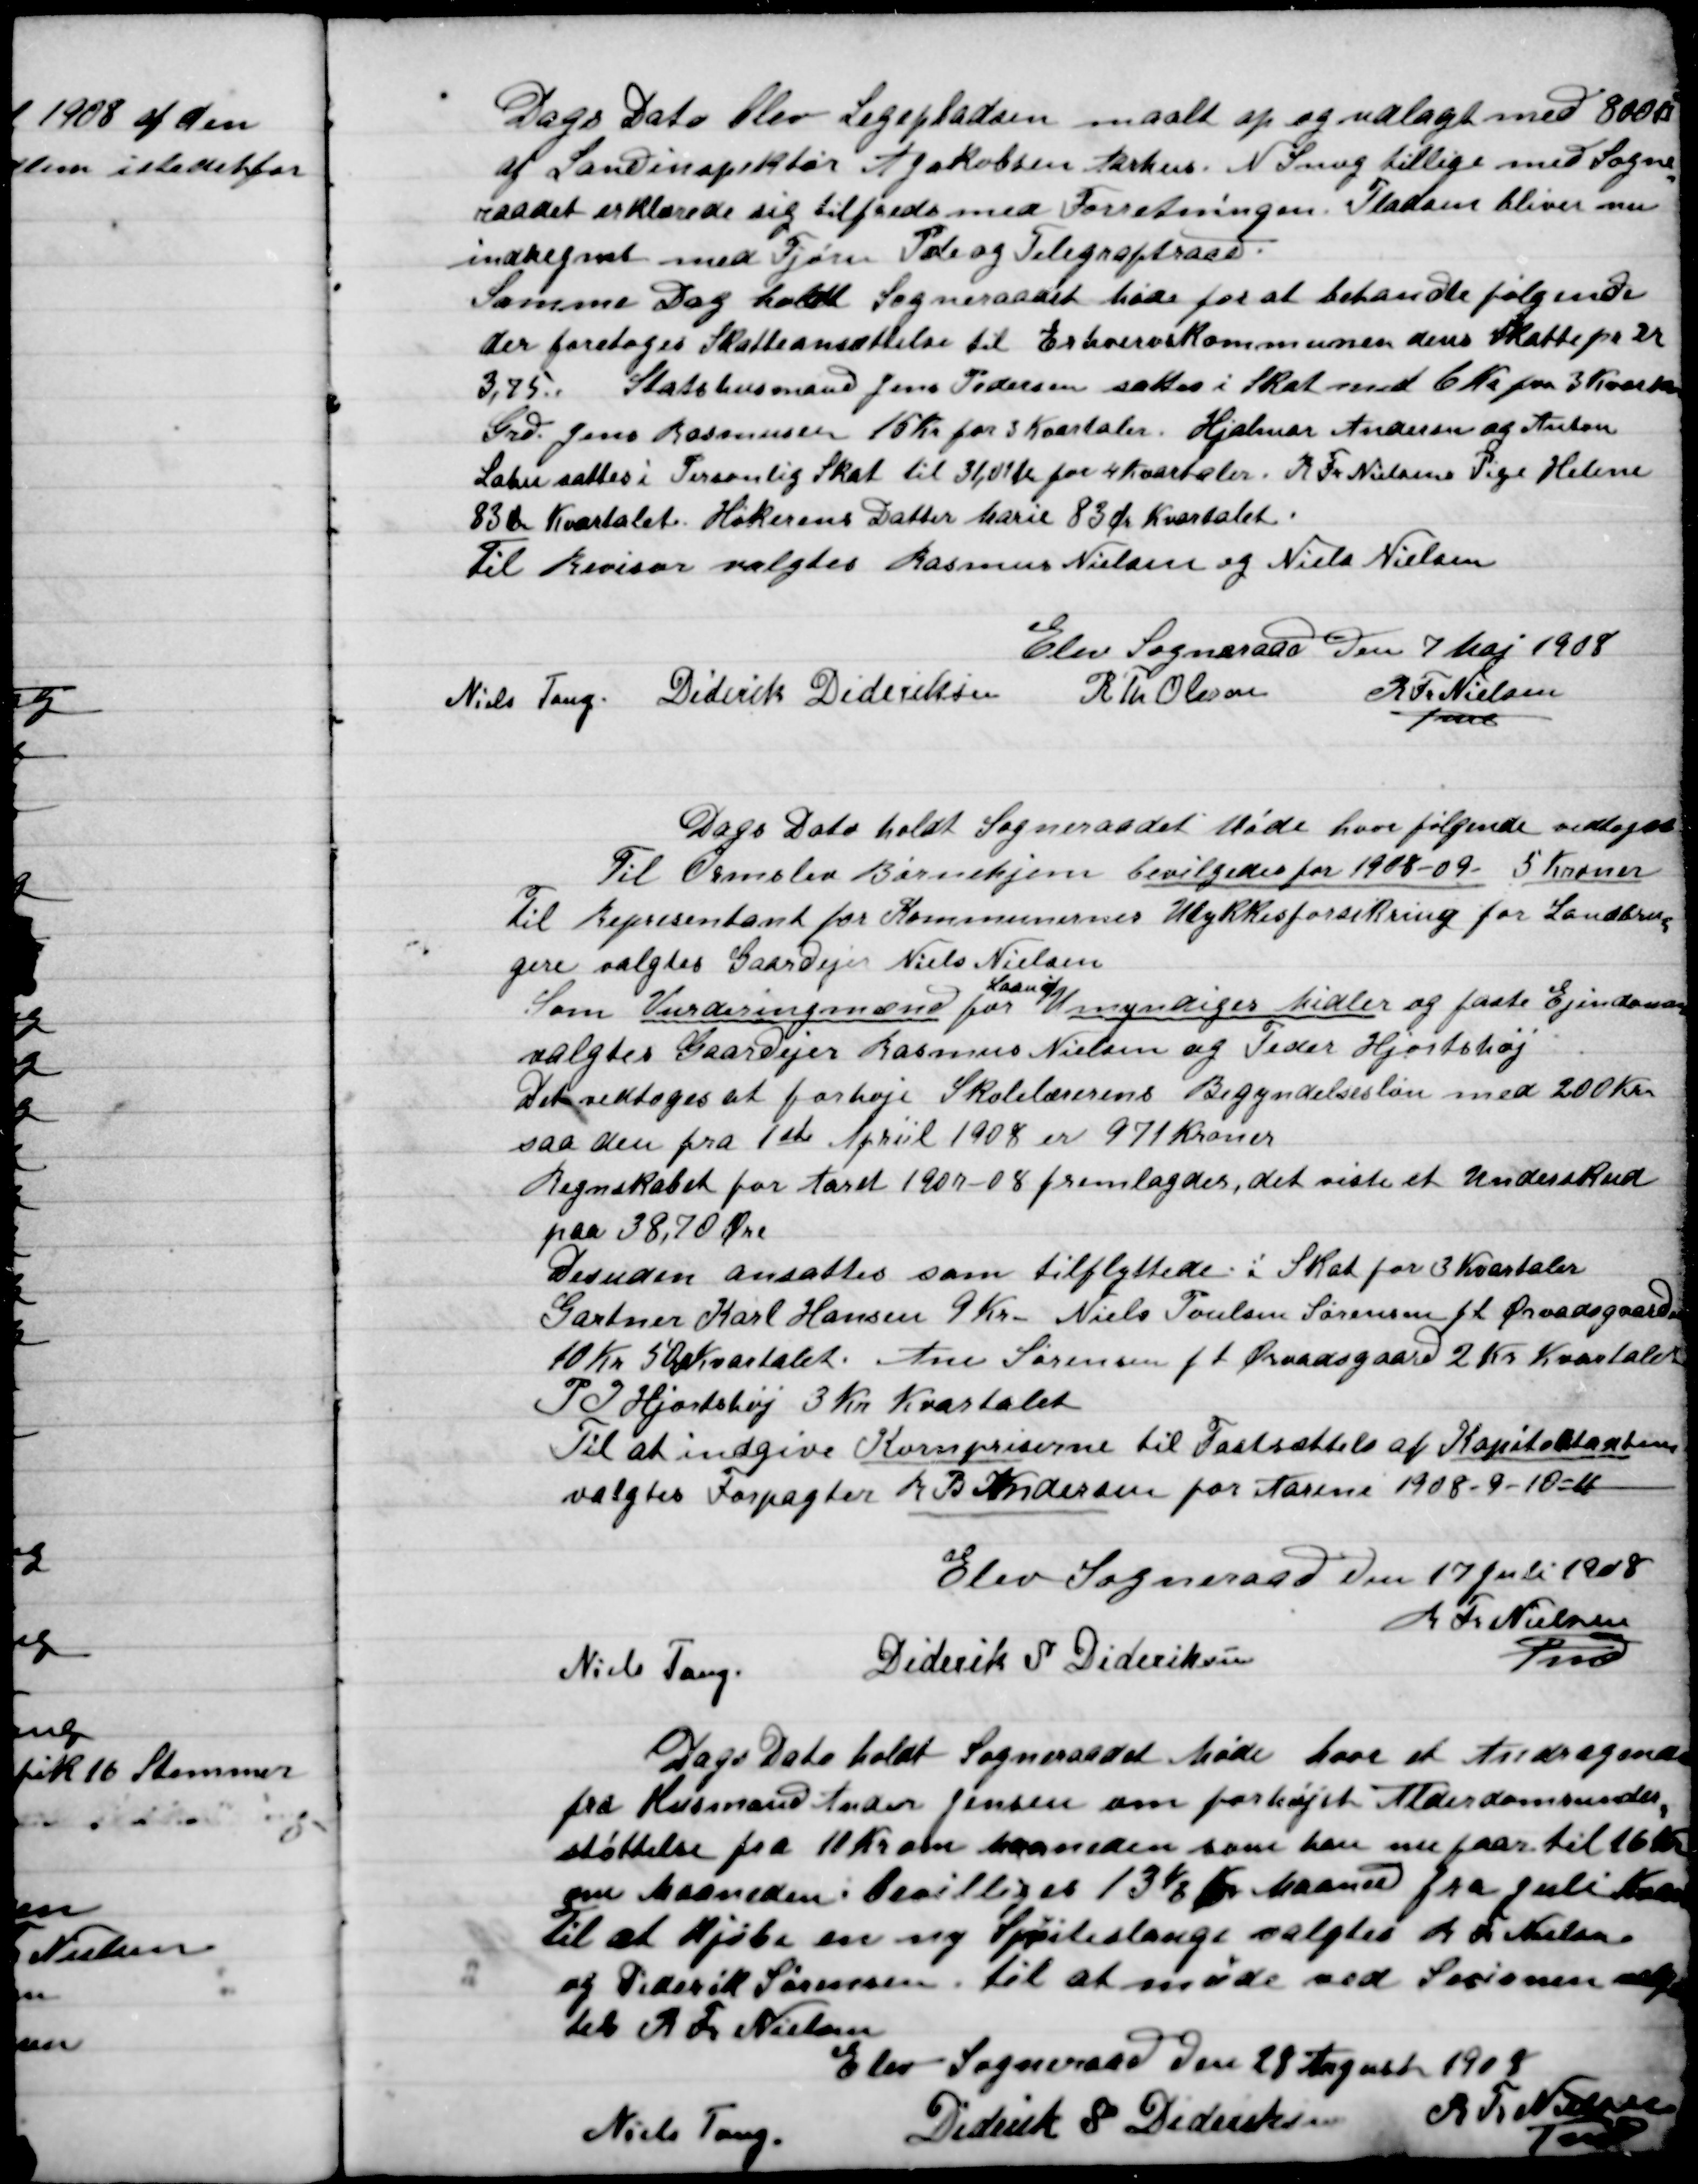
Transskription:
Dags Dato blev Legepladsen maalt op og udlagt med 800
af Landinspektør A. Jakobsen Aarhus. N. Snog tillige med Sogne-
raadets erklærede sig tilfreds med Forretningen. Pladsen bliver nu
indregnet med Fjern Pde og Telegraftraad.
Samme dag holdt Sogneraadet Møde for at behandle følgende
Foretoges Skatteansættelse til Erhvervs Kommunen den Skattedes
3,75. Statshusmand Jens Pedersen sættes i Skat  med 6 Kr. for 3 Kvartaler
Gdr. Jens Rasmussen 15 Kr. for 3 Kvartaler. Hjalmar Andersen og Anton
Lahu  sættes i Personlig Skat til 31,00 Kr. for 4 Kvartaler. R. Fr. Nielsens Pige Helene
83 Øre Kvartalet. Høkerens Datter Marie 83 Øre Kvartalet.
Til Revisor valgtes Rasmus Nielsen og Niels Nielsen.

Elev Sogneraad Den 7 Maj 1908

Niels Tang
Diderik Dideriksen
R. Th. Olsen
R. Fr. Nielsen
Fmd.

Dags Dato holdt Sogneraadet Møde hvor følgende vedtoges.
Til Ormslev Børnehjem bevilgedes for 1908-09 5 Kroner
Til Repræsentant for Kommunens Ulykkesforsikring for Landbru-
gere valgtes Gaardejer Niels Nielsen.
Som Vurderingsmænd for
Laan og
Umyndiges Midler og faste Ejendom
valgtes Gaardejer Rasmus Nielsen og Peder Hjortshøj.
Det vedtoges at forhøje Skolelærernes Begyndelsesløn med 200 Kr.
saa den fra 1ste April 1908 er 971 Kr.
Regentskabet for Aaret 1907-08 fremlagdes, det viste et Underskud
Paa 38,70 Øre-
Desuden ansattes som tilflyttede i Skat for 3 Kvartal
Gartner Karl Hansen 9 Kr. Niels Poulsen Sørensen f l Ørvadsgaard
10 Kr. 50 Ø Kvartalet. Ane Sørensen f t. Ørvadsgaard 2 Kr. Kvartalet
P.I. Hjortshøj 3 Kr. Kvartalet.
Til at indgive Kornpriserne til Fastsættelse af Kapitallånene
Valgtes Forpagter R. B. Andersen for Aarene 1908-9-10-11

Elev Sogneraad Den 17, Juli 1908

Niels Tang
Diderik Dideriksen
R. Fr. Nielsen
Fmd.

Dags Dato holdt Sogneraadet Møde hvor et Andragende
fra Kursmand Anders Jensen om forhøjet Alderdomsunder-
støttelse fra 10 Kr. om maaneden som han nu faar til 16 Kr.
om Maaneden. Bevilgedes 13½ Kr. Maaned fra Juli Kvartal
Til at Kjøbe en ny Sprøjteslange valgtes R. Fr. Nielsen
og Diderik Sørensen til at møde ved Sessionen valg-
tes R. Fr. Nielsen.

Elev Sogneraad Den 28 August 1908

Niels Tang
Diderik Dideriksen
R. Fr. Nielsen
Fmd.